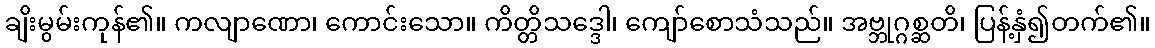
ချိးမွမ်းကုန်၏။ ကလျာဏော၊ ကောင်းသော။ ကိတ္တိသဒ္ဒေါ၊ ကျော်စောသံသည်။ အဗ္ဘုဂ္ဂစ္ဆတိ၊ ပြန့်နှံ၍တက်၏။